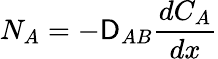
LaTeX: N_{A}=-\mathsf{D}_{AB}{\frac{{dC_{A}}}{{dx}}}